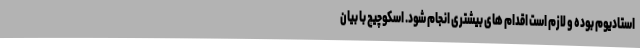
استادیوم بوده و لازم است اقدام های بیشتری انجام شود. اسکوچیچ با بیان